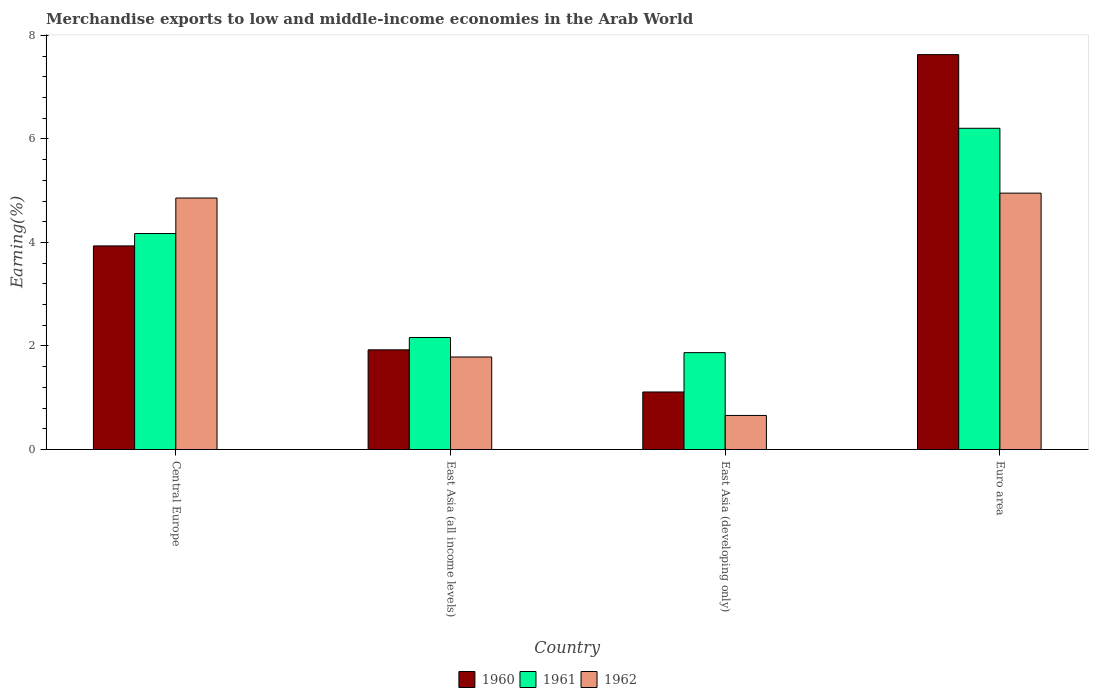
| Country | 1960 | 1961 | 1962 |
 | --- | --- | --- | --- |
 | Central Europe | 3.93 | 4.17 | 4.86 |
 | East Asia (all income levels) | 1.93 | 2.16 | 1.79 |
 | East Asia (developing only) | 1.11 | 1.87 | 0.658 |
 | Euro area | 7.63 | 6.2 | 4.95 |